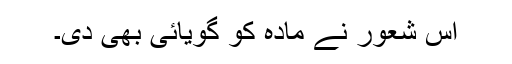
اس شعور نے مادہ کو گویائی بھی دی۔